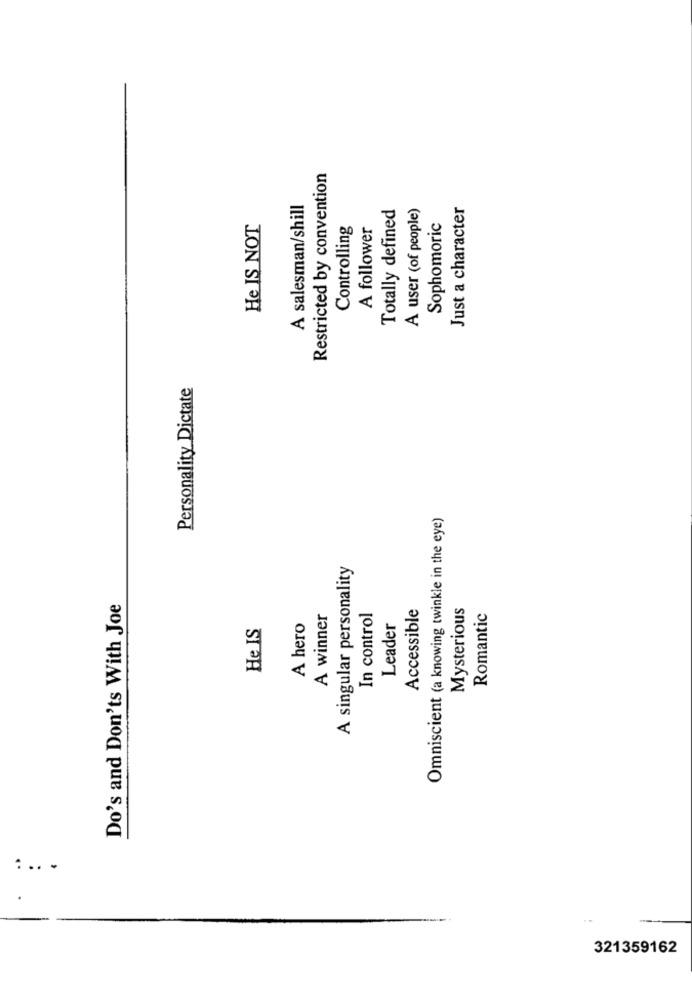
Restricted by convention
A salesman/shill
Totally defined
A user (of people)
Just a character
He IS NOT
Controlling
A follower
Sophomoric
Personality Dictate
Omniscient (a knowing twinkle in the eye)
A singular personality
Do's and Don'ts With Joe
Accessible
Mysterious
A winner
In control
Romantic
He IS
A hero
Leader
. .. .
321359162